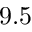
9 . 5